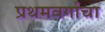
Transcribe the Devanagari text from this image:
प्रथमवर्गाचा